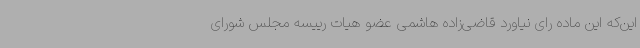
این‌که این ماده رای نیاورد قاضی‌زاده هاشمی عضو هیات رییسه مجلس شورای